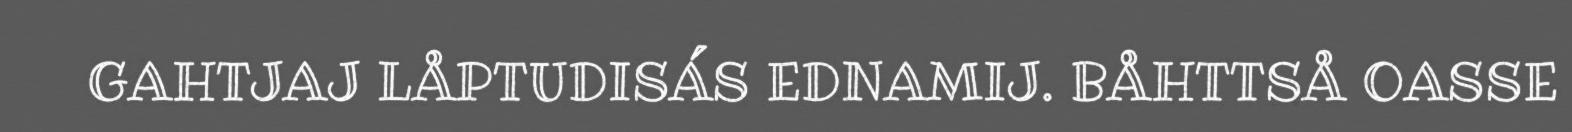
GAHTJAJ LÅPTUDISÁS EDNAMIJ. BÅHTTSÅ OASSE